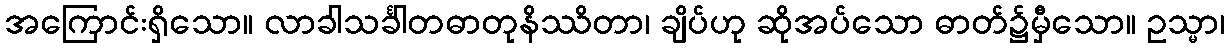
အကြောင်းရှိသော။ လာခါသင်္ခါတဓာတုနိဿိတာ၊ ချိပ်ဟု ဆိုအပ်သော ဓာတ်၌မှီသော။ ဥသ္မာ၊